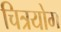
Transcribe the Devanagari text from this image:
चित्रयोग